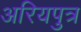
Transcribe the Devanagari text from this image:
अरियपुत्र